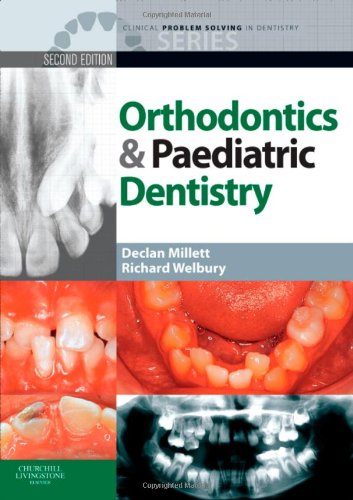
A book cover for Clinical Problem Solving in Orthodontics and Paediatric Dentistry, 2e (Clinical Problem Solving in Dentistry); Declan Millett BDSc  DDS  FDSRCPS  FDSRCS  DOrthRCSEng  MOrthRCSEng; Medical Books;